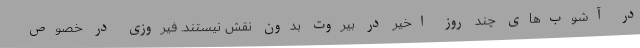
در آشوب‌های چند روز اخیر در بیروت بدون نقش نیستند. فیروزی در خصوص